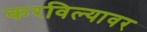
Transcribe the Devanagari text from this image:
करविल्यावर